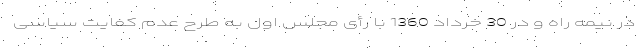
در نیمه راه و در 30 خرداد 1360 با رأی مجلس اول به طرح عدم کفایت سیاسی